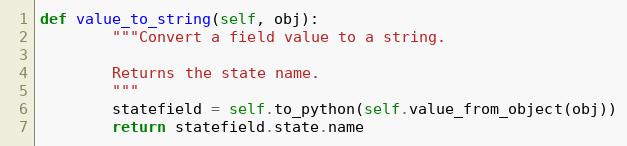
Language: Python
def value_to_string(self, obj):
        """Convert a field value to a string.

        Returns the state name.
        """
        statefield = self.to_python(self.value_from_object(obj))
        return statefield.state.name